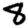
Digit: 8